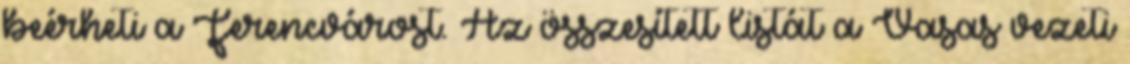
beérheti a Ferencvárost. Az összesített listát a Vasas vezeti